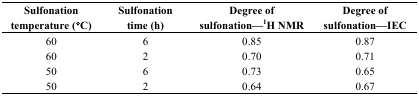
<table><thead><tr><td><b>Sulfonation temperature (°C)</b></td><td><b>Sulfonation time (h)</b></td><td><b>Degree of sulfonation—<sup>1</sup>H NMR</b></td><td><b>Degree of sulfonation—IEC</b></td></tr></thead><tbody><tr><td>60</td><td>6</td><td>0.85</td><td>0.87</td></tr><tr><td>60</td><td>2</td><td>0.70</td><td>0.71</td></tr><tr><td>50</td><td>6</td><td>0.73</td><td>0.65</td></tr><tr><td>50</td><td>2</td><td>0.64</td><td>0.67</td></tr></tbody></table>